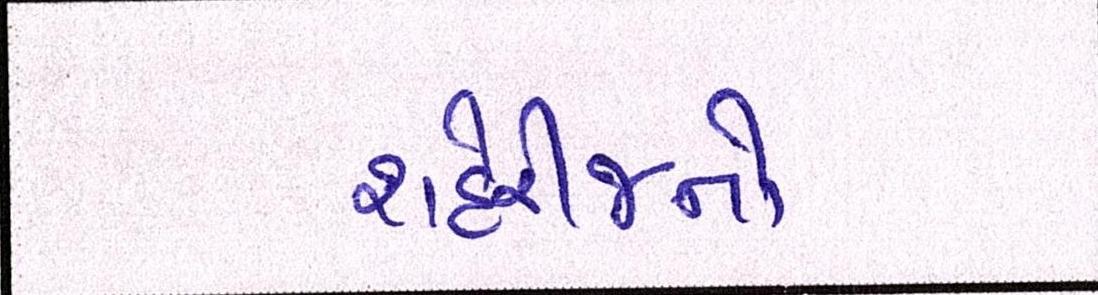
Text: શહેરીજનો